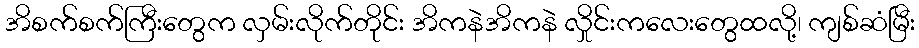
အိစက်စက်ကြီးတွေက လှမ်းလိုက်တိုင်း အိကနဲအိကနဲ လှိုင်းကလေးတွေထလို့၊ ကျစ်ဆံမြီး